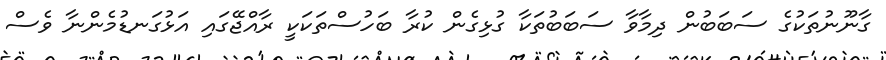
ގާނޫނުތަކުގެ ސަބަބުން ދިމާވާ ސަބަބުތަކާ ގުޅިގެން ކުރާ ބަހުސްތަކަކީ ރާއްޖޭގައި އަޅުގަނޑުމެންނާ ވެސް